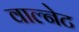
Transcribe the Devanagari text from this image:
वाल्नेट